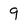
Character: 9